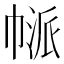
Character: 𢄃